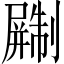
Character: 𫵨